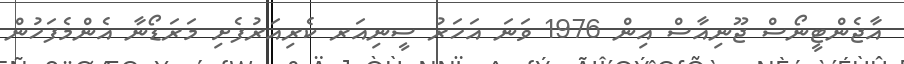
އާޖެންޓީނޯސް ޖޫނިއާސް އިން 1976 ވަނަ އަހަރު ސީނިއަރ ކެރިއަރުފެށި މަރަޑޯނާ އެންމެފަހުން